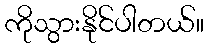
ကိုသွားနိုင်ပါတယ်။